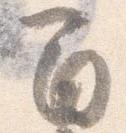
間